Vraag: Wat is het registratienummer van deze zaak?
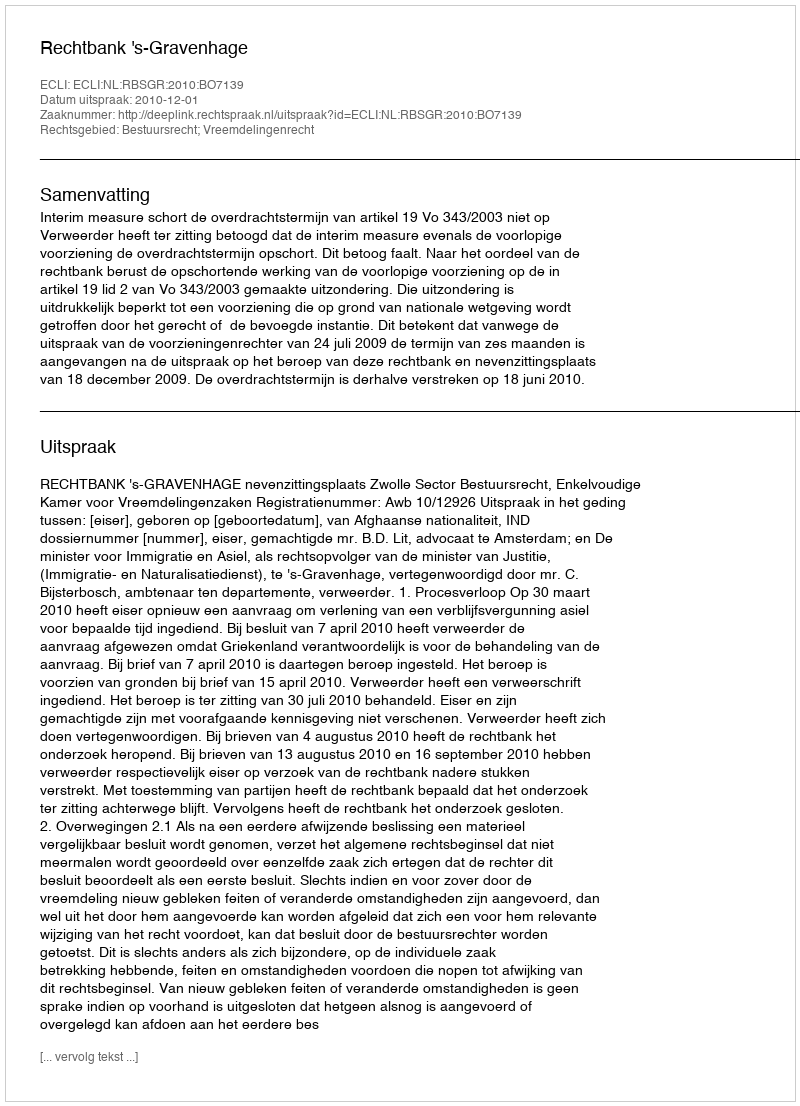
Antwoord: http://deeplink.rechtspraak.nl/uitspraak?id=ECLI:NL:RBSGR:2010:BO7139